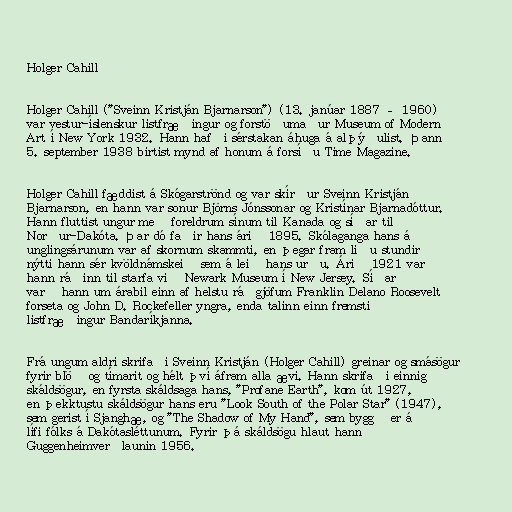
Holger Cahill

Holger Cahill ("Sveinn Kristján Bjarnarson") (13. janúar 1887 – 1960)
var vestur-íslenskur listfræðingur og forstöðumaður Museum of Modern
Art í New York 1932. Hann hafði sérstakan áhuga á alþýðulist. Þann
5. september 1938 birtist mynd af honum á forsíðu Time Magazine.

Holger Cahill fæddist á Skógarströnd og var skírður Sveinn Kristján
Bjarnarson, en hann var sonur Björns Jónssonar og Kristínar Bjarnadóttur.
Hann fluttist ungur með foreldrum sínum til Kanada og síðar til
Norður-Dakóta. Þar dó faðir hans árið 1895. Skólaganga hans á
unglingsárunum var af skornum skammti, en þegar fram liðu stundir
nýtti hann sér kvöldnámskeið sem á leið hans urðu. Árið 1921 var
hann ráðinn til starfa við Newark Museum í New Jersey. Síðar
varð hann um árabil einn af helstu ráðgjöfum Franklin Delano Roosevelt
forseta og John D. Rockefeller yngra, enda talinn einn fremsti
listfræðingur Bandaríkjanna.

Frá ungum aldri skrifaði Sveinn Kristján (Holger Cahill) greinar og smásögur
fyrir blöð og tímarit og hélt því áfram alla ævi. Hann skrifaði einnig
skáldsögur, en fyrsta skáldsaga hans, "Profane Earth", kom út 1927,
en þekktustu skáldsögur hans eru "Look South of the Polar Star" (1947),
sem gerist í Sjanghæ, og "The Shadow of My Hand", sem byggð er á
lífi fólks á Dakótasléttunum. Fyrir þá skáldsögu hlaut hann
Guggenheimverðlaunin 1956.